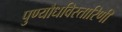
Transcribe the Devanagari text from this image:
पुण्यौधविस्तारिणी